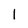
Character: 1